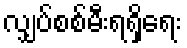
လျှပ်စစ်မီးရရှိရေး